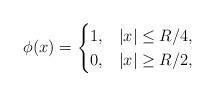
LaTeX: \begin{align*} \phi(x) = \begin{cases} 1, &|x| \leq R/4, \\ 0, &|x| \geq R/2, \end{cases} \end{align*}